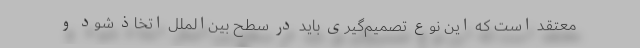
معتقد است که این نوع تصمیم‌گیری باید در سطح بین‌الملل اتخاذ شود و